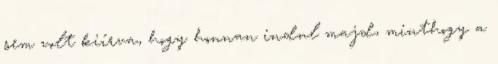
sem volt kiírva, hogy honnan indul majd, minthogy a